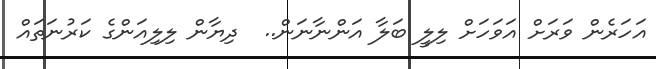
އަހަރެން ވަރަށް އަވަހަށް ލިލީ ބަލާ އަންނާނަން..  ދިޔާން ލިލިއަންގެ ކަރުނަތައް